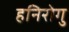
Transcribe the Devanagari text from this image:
हनिरोगु